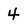
Character: 4